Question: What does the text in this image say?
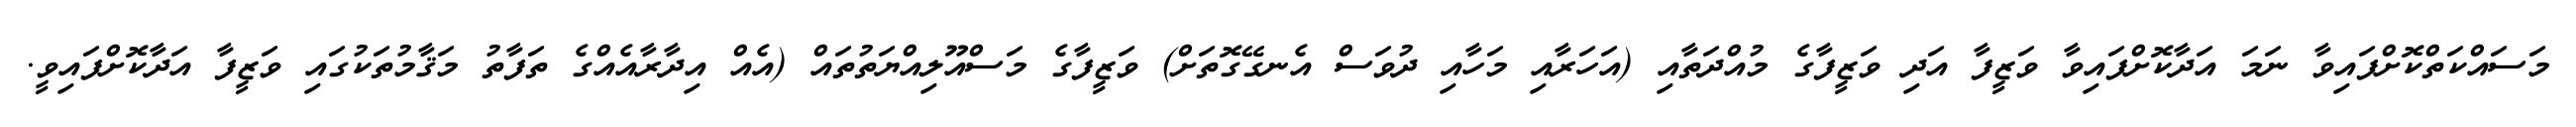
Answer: މަސައްކަތްކޮށްފައިވާ ނަމަ އަދާކޮށްފައިވާ ވަޒީފާ އަދި ވަޒީފާގެ މުއްދަތާއި (އަހަރާއި މަހާއި ދުވަސް އެނގޭގޮތަށް) ވަޒީފާގެ މަސްއޫލިއްޔަތުތައް (އެއް އިދާރާއެއްގެ ތަފާތު މަޤާމުތަކުގައި ވަޒީފާ އަދާކޮށްފައިވީ.